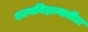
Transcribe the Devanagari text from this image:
शल्यविज्ञानातील